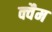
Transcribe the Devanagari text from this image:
क्वैम